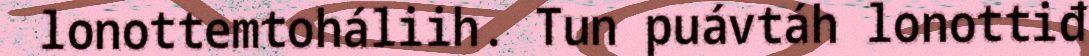
lonottemtoháliih. Tun puávtáh lonottiđ